65_HS1-834228961_62-HQ-83894_Section_1
Agency: FBI
Page 15
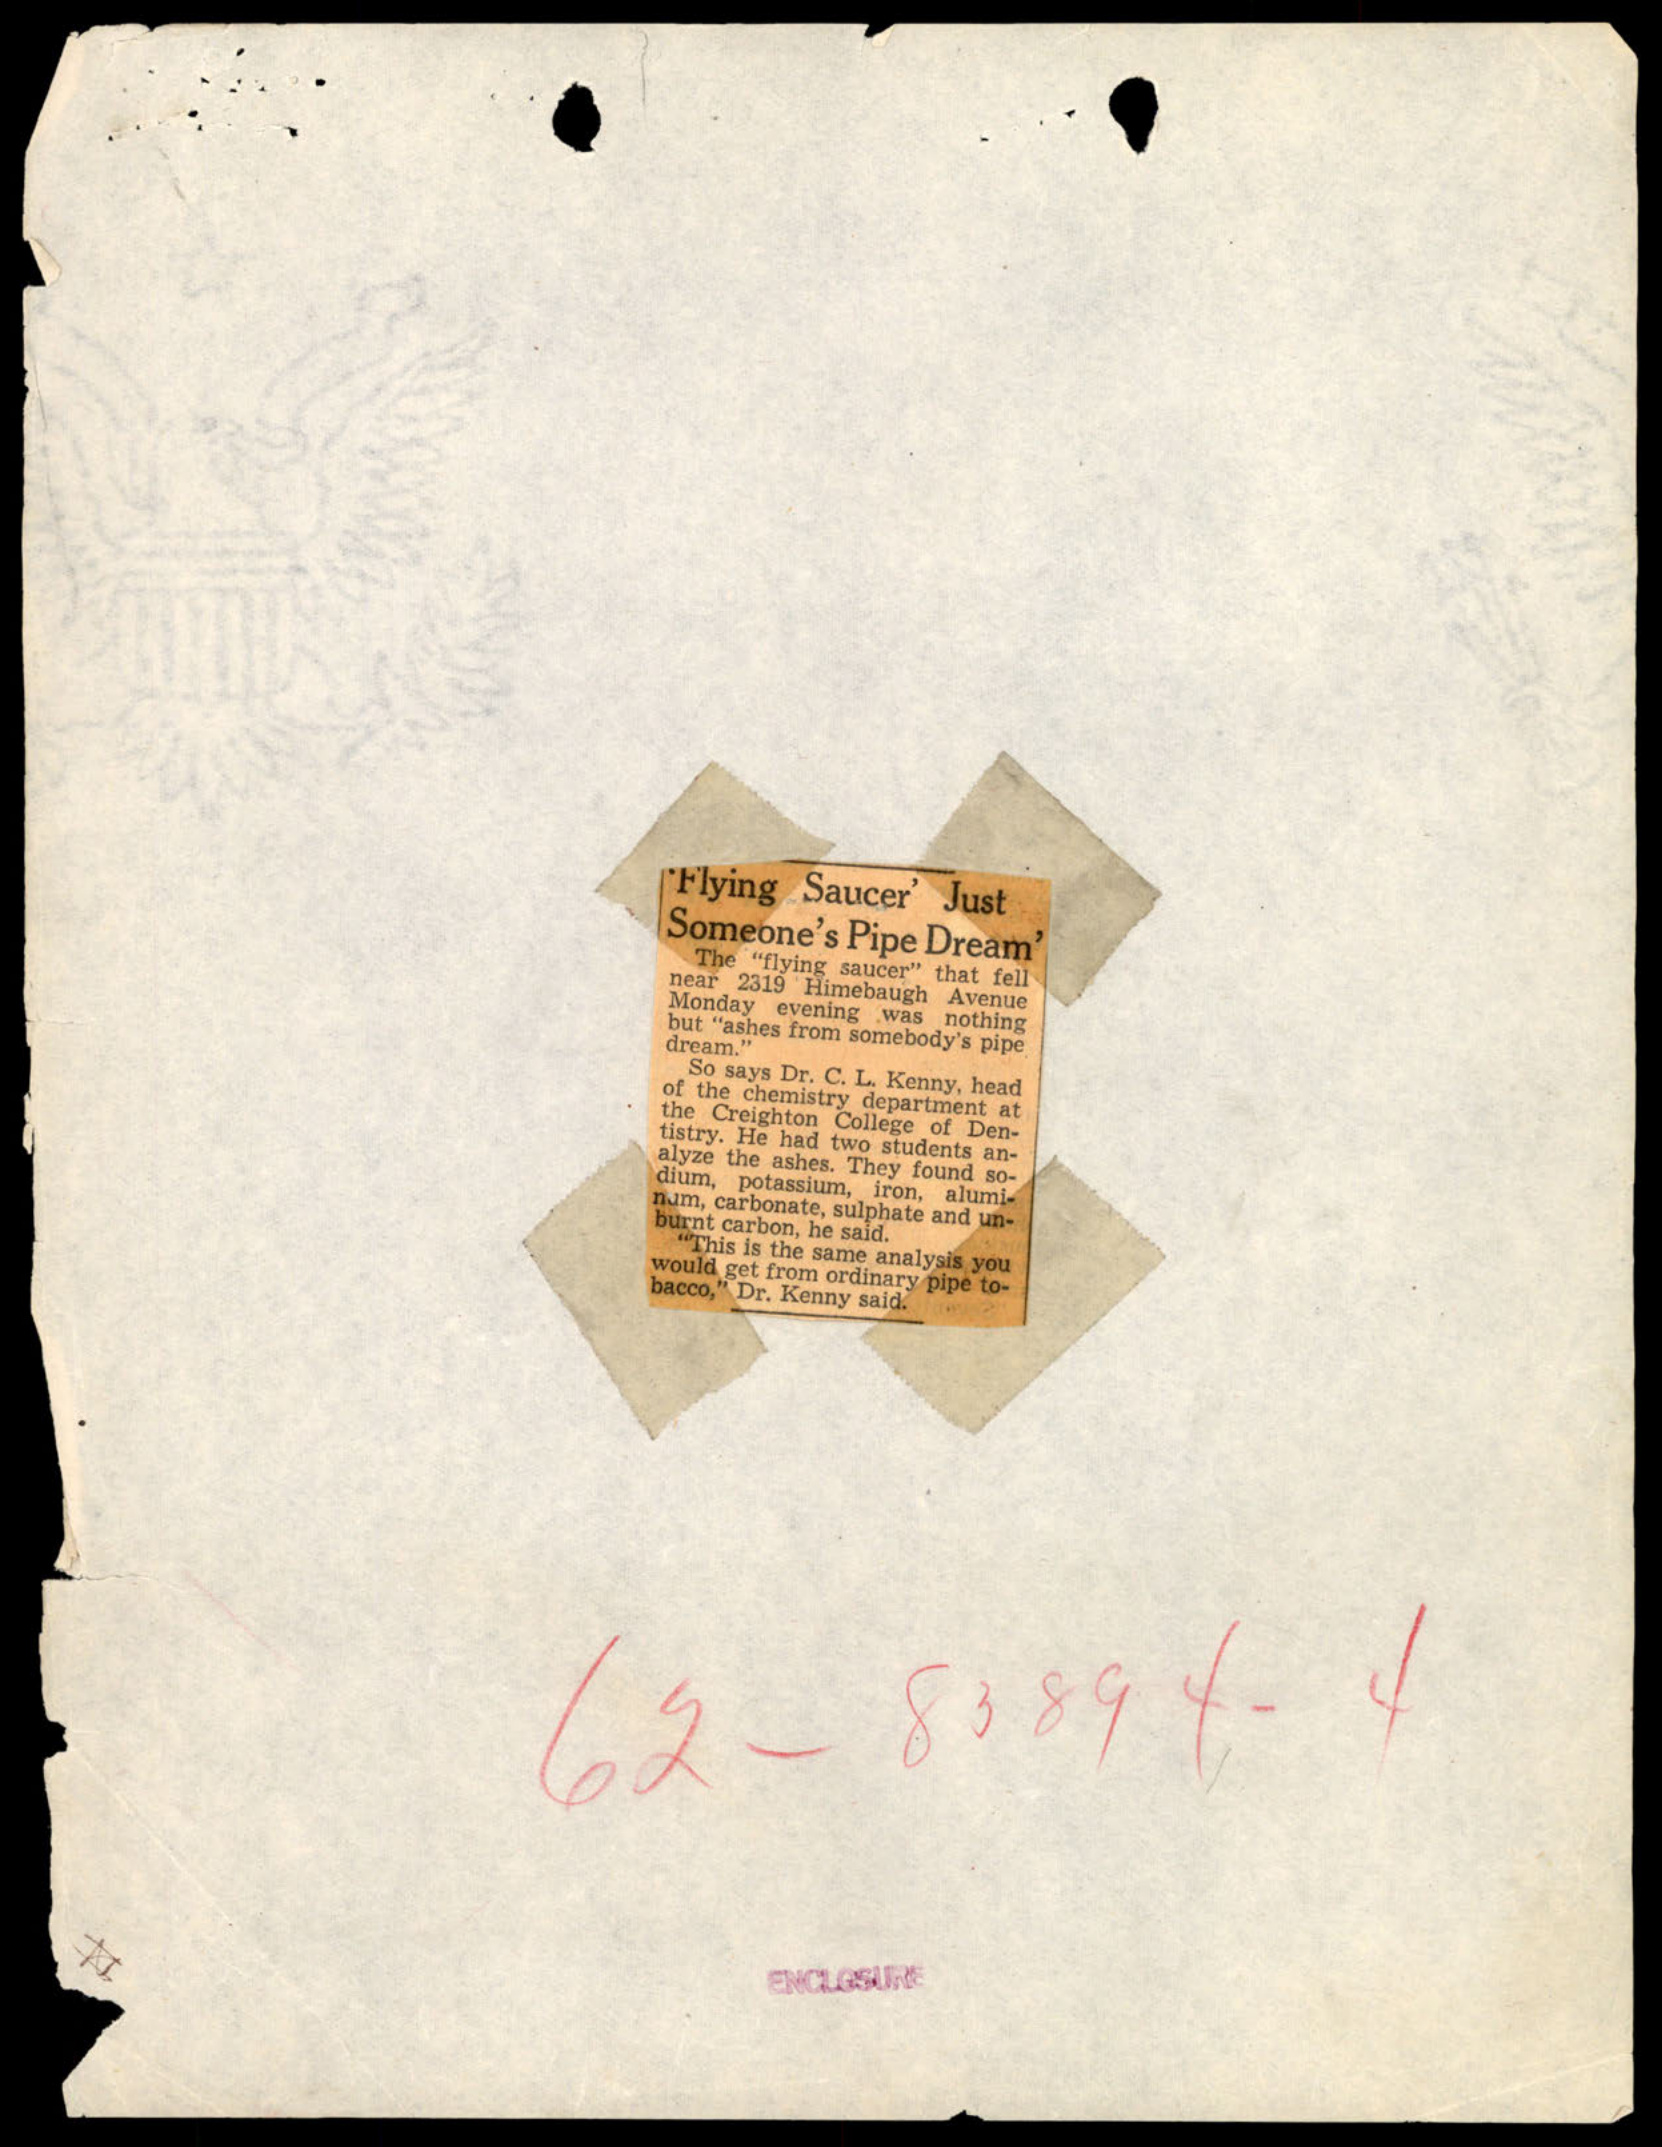